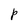
Character: p